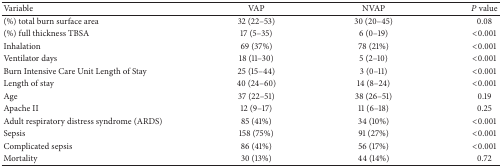
<table><thead><tr><td><b>Variable</b></td><td><b>VAP</b></td><td><b>NVAP</b></td><td><b><i>P</i> value </b></td></tr></thead><tbody><tr><td>(%) total burn surface area</td><td>32 (22–53)</td><td>30 (20–45)</td><td>0.08</td></tr><tr><td>(%) full thickness TBSA</td><td>17 (5–35)</td><td>6 (0–19)</td><td>&lt;0.001</td></tr><tr><td>Inhalation</td><td>69 (37%)</td><td>78 (21%)</td><td>&lt;0.001</td></tr><tr><td>Ventilator days</td><td>18 (11–30)</td><td>5 (2–10)</td><td>&lt;0.001</td></tr><tr><td>Burn Intensive Care Unit Length of Stay</td><td>25 (15–44)</td><td>3 (0–11)</td><td>&lt;0.001</td></tr><tr><td>Length of stay</td><td>40 (24–60)</td><td>14 (8–24)</td><td>&lt;0.001</td></tr><tr><td>Age</td><td>37 (22–51)</td><td>38 (26–51)</td><td>0.19</td></tr><tr><td>Apache II</td><td>12 (9–17)</td><td>11 (6–18)</td><td>0.25</td></tr><tr><td>Adult respiratory distress syndrome (ARDS)</td><td>85 (41%)</td><td>34 (10%)</td><td>&lt;0.001</td></tr><tr><td>Sepsis</td><td>158 (75%)</td><td>91 (27%)</td><td>&lt;0.001</td></tr><tr><td>Complicated sepsis</td><td>86 (41%)</td><td>56 (17%)</td><td>&lt;0.001</td></tr><tr><td>Mortality</td><td>30 (13%)</td><td>44 (14%)</td><td>0.72</td></tr></tbody></table>